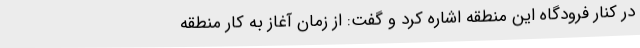
در کنار فرودگاه این منطقه اشاره کرد و گفت: از زمان آغاز به کار منطقه